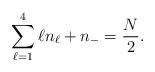
LaTeX: \begin{align*}\sum_{\ell=1}^{4} \ell n_{\ell}+n_- = \frac{N}{2} . \end{align*}